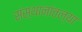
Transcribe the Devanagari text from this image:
संस्थानांतल्या